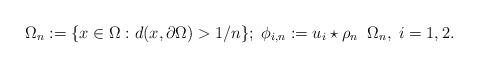
LaTeX: \begin{align*}\Omega_n:= \{x \in \Omega: d(x,\partial \Omega) > 1/n\}; \; \phi_{i,n}:= u_i \star \rho_n \;\; \Omega_n, \; i=1,2. \end{align*}